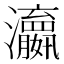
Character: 𬉫